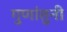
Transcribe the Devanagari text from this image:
गुणांतुनी